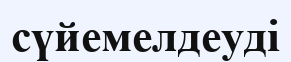
сүйемелдеуді